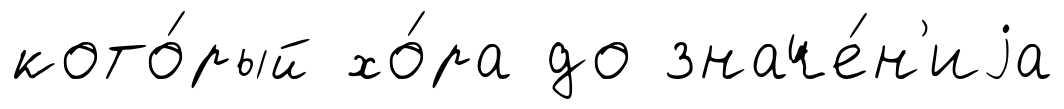
кото́рый хо́ра до значе́н'иjа